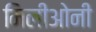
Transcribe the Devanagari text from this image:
मिलीओनी